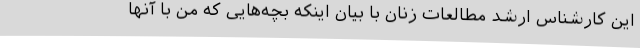
این کارشناس ارشد مطالعات زنان با بیان اینکه بچه‌هایی که من با آنها